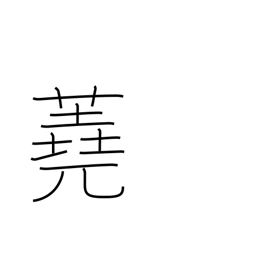
Meaning: firewood